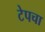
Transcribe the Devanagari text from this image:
टेपचा